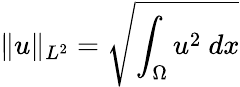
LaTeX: \| u\| _{L^{2}}=\sqrt{\int_{\Omega}u^{2}\ dx}